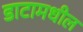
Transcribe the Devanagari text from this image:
डाटामधील